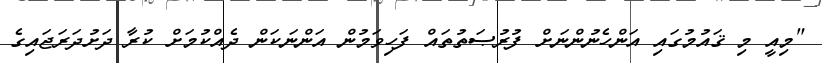
"މިއީ މި ޤައުމުގައި އަންހެނުންނަށް ފުރުޞަތުތައް ފަހިވަމުން އަންނަކަން ދެއްކުމަށް ކުރާ ދަށުދަރަޖައިގެ